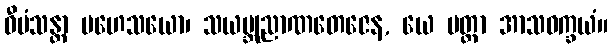
ဝီမံသန္တာ မဟေသယော၊ သယမ္ဘုညာဏတေဇေန, ယေ ပတ္တာ အာသဝက္ခယံ။